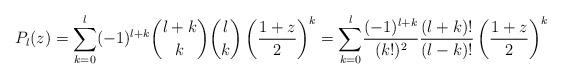
LaTeX: \begin{align*}P_{l}(z)=\displaystyle{\sum_{k=0}^{l}}(-1)^{l+k}\binom{l+k}{k}\binom{l}{k}\left( \frac{1+z}{2}\right) ^{k}=\displaystyle{\sum_{k=0}^{l}}\frac{(-1)^{l+k}}{(k!)^{2}}\frac{(l+k)!}{(l-k)!}\left( \frac{1+z}{2}\right)^{k} \end{align*}